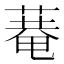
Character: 𦹕